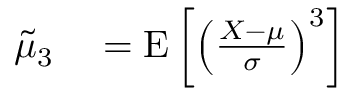
\begin{array} { r l } { { \tilde { \mu } } _ { 3 } } & { { } = \operatorname { E } \left[ \left( { \frac { X - \mu } { \sigma } } \right) ^ { 3 } \right] } \end{array}